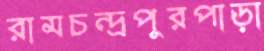
রামচন্দ্রপুরপাড়া